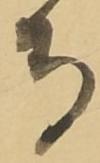
寺